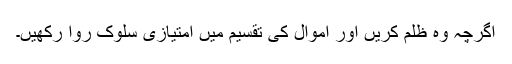
اگرچہ وہ ظلم کریں اور اموال کی تقسیم میں امتیازی سلوک روا رکھیں۔